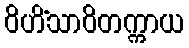
ဝိဟိံသာဝိတက္ကာယ